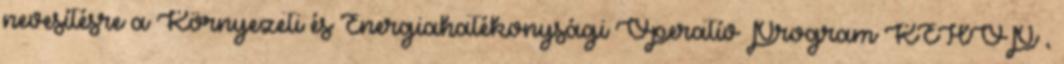
nevesítésre a Környezeti és Energiahatékonysági Operatív Program KEHOP ,